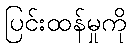
ပြင်းထန်မှုကို